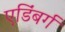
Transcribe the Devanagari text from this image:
एडिंबर्ग